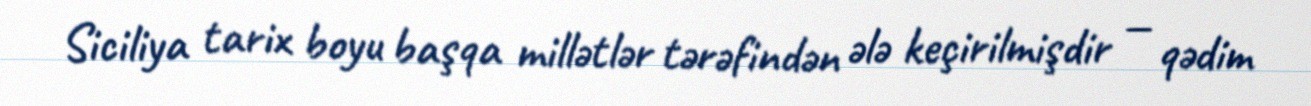
Siciliya tarix boyu başqa millətlər tərəfindən ələ keçirilmişdir — qədim